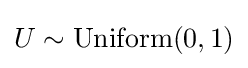
U\sim \mathrm {Uniform} (0,1)